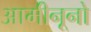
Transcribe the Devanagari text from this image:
आमीनूनो